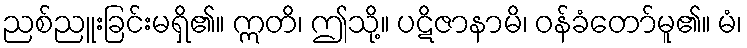
ညစ်ညူးခြင်းမရှိ၏။ ဣတိ၊ ဤသို့။ ပဋိဇာနာမိ၊ ဝန်ခံတော်မူ၏။ မံ၊